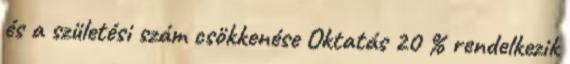
és a születési szám csökkenése Oktatás 20 % rendelkezik